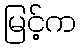
မြင့်က